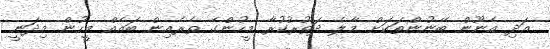
އަދި އެނޫން ބޭނުންތަކަށް މާލެ ދަތުރުކުރާ މީހުންގެ ތެރެއިން ބައެއް މީހުން މިދަނީ